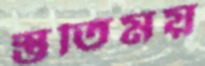
স্তুতিময়